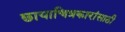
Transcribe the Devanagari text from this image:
छायाचित्रकारांसाठी